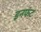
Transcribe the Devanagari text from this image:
इनफंट